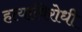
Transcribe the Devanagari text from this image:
हत्याविरोधी